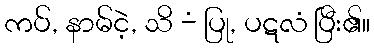
ကပ်, နာမ်ငဲ့, သိ -ံ ပြု, ပဋလံ ပြီး၏။